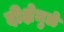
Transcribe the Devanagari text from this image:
दीक्षेमुळे